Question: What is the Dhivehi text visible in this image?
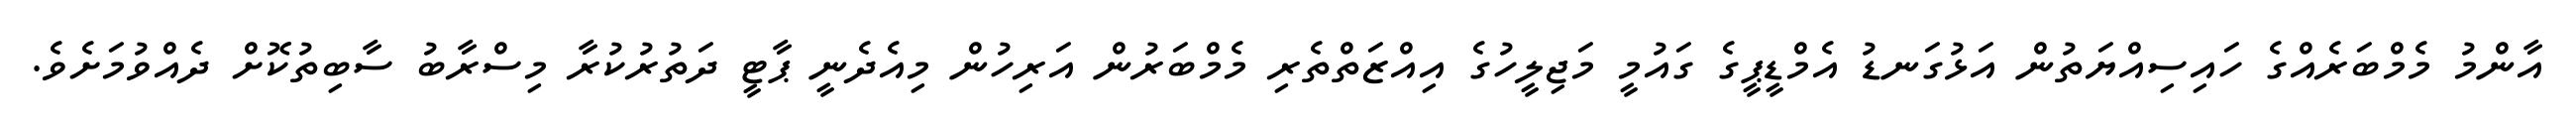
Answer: އާންމު މެމްބަރެއްގެ ހައިސިއްޔަތުން އަޅުގަނޑު އެމްޑީޕީގެ ގައުމީ މަޖިލީހުގެ އިއްޒަތްތެރި މެމްބަރުން އަރިހުން މިއެދެނީ ޕާޓީ ދަތުރުކުރާ މިސްރާބު ސާބިތުކޮށް ދެއްވުމަށެވެ.